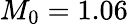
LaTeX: M_{0}=1.06